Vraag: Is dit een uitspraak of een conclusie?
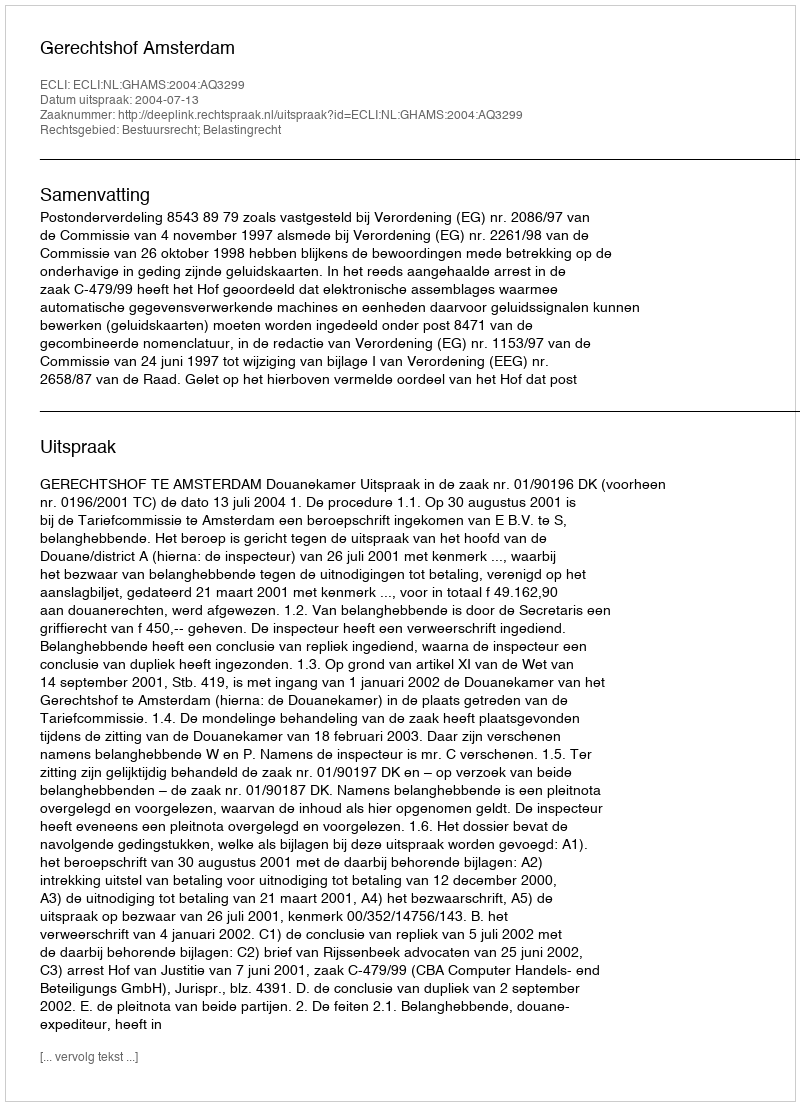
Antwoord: Uitspraak